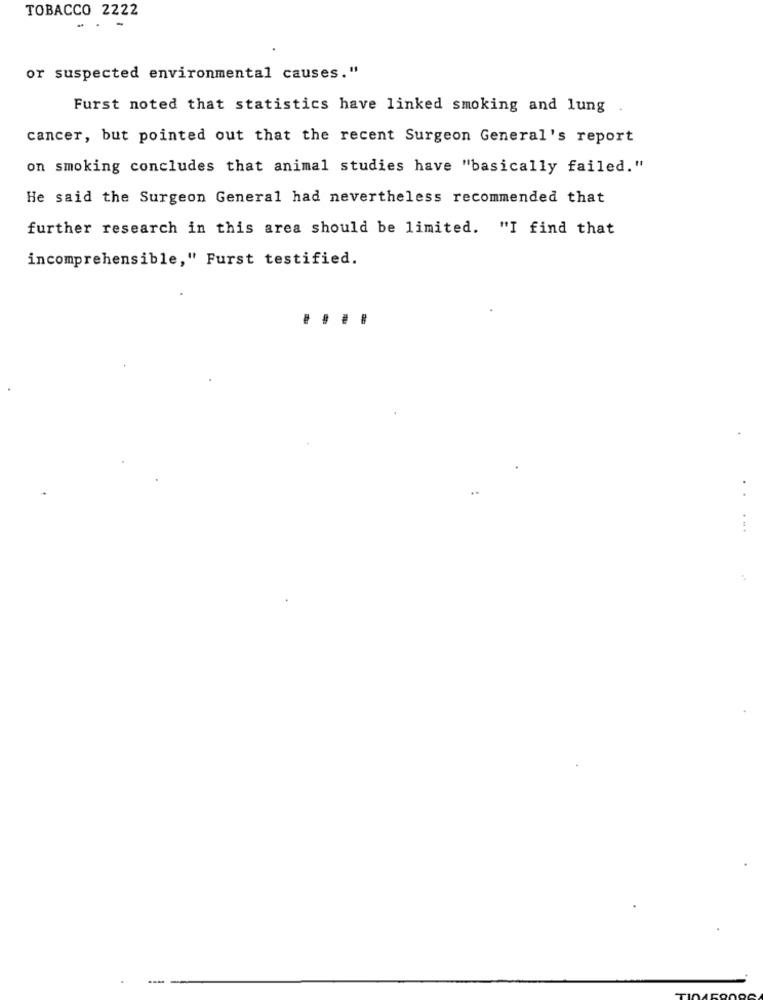
TOBACCO 2222
or suspected environmental causes."
Furst noted that statistics have linked smoking and lung .
cancer, but pointed out that the recent Surgeon General's report
on smoking concludes that animal studies have "basically failed."
He said the Surgeon General had nevertheless recommended that
further research in this area should be limited. "I find that
incomprehensible," Furst testified.
..